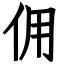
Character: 佣